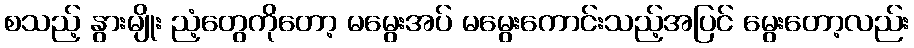
စသည့် နွားမျိုး ညံ့တွေကိုတော့ မမွေးအပ် မမွေးကောင်းသည့်အပြင် မွေးတော့လည်း